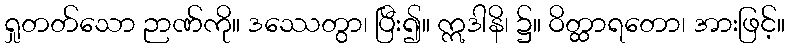
ရှုတတ်သော ဉာဏ်ကို။ ဒဿေတွာ၊ ပြီး၍။ ဣဒါနိ၊ ၌။ ဝိတ္ထာရတော၊ အားဖြင့်။